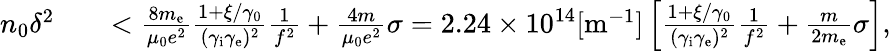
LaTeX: \begin{array}{rlr}{n_{0}\delta^{2}}&{{}}&{<\frac{8m_{\mathrm{e}}}{\mu_{0}e^{2}}\frac{1+\xi/\gamma_{0}}{(\gamma_{\mathrm{i}}\gamma_{\mathrm{e}})^{2}}\frac{1}{f^{2}}+\frac{4m}{\mu_{0}e^{2}}\sigma=2.24\times 10^{14}\mathrm{[m^{-1}]}\left[\frac{1+\xi/\gamma_{0}}{(\gamma_{\mathrm{i}}\gamma_{\mathrm{e}})^{2}}\frac{1}{f^{2}}+\frac{m}{2m_{\mathrm{e}}}\sigma\right],}\end{array}